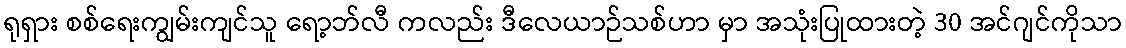
ရုရှား စစ်ရေးကျွမ်းကျင်သူ ရော့ဘ်လီ ကလည်း ဒီလေယာဉ်သစ်ဟာ မှာ အသုံးပြုထားတဲ့ 30 အင်ဂျင်ကိုသာ